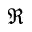
\Re